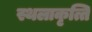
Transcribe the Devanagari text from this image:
स्थलाकृत्ति